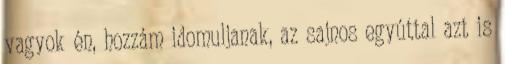
vagyok én, hozzám idomuljanak, az sajnos egyúttal azt is